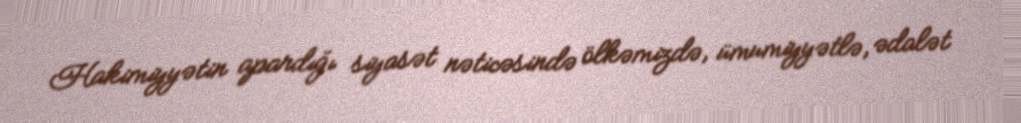
Hakimiyyətin apardığı siyasət nəticəsində ölkəmizdə, ümumiyyətlə, ədalət